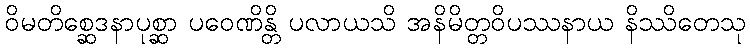
ဝိမတိစ္ဆေဒနာပုစ္ဆာ ပဝေဏိန္တိ ပလာယသိ အနိမိတ္တဝိပဿနာယ နိဿိတေသု